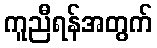
ကူညီရန်အတွက်